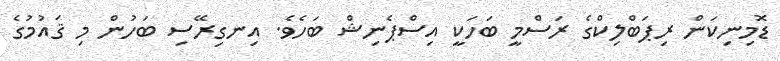
ޑޮމިނިކަން ރިޕަބްލިކްގެ ރަސްމީ ބަހަކީ އިސްޕެނިޝް ބަހެވެ. އިނގިރޭސި ބަހުން މި ޤައުމުގެ